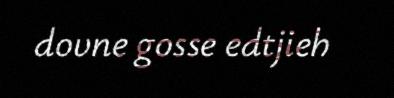
dovne gosse edtjieh